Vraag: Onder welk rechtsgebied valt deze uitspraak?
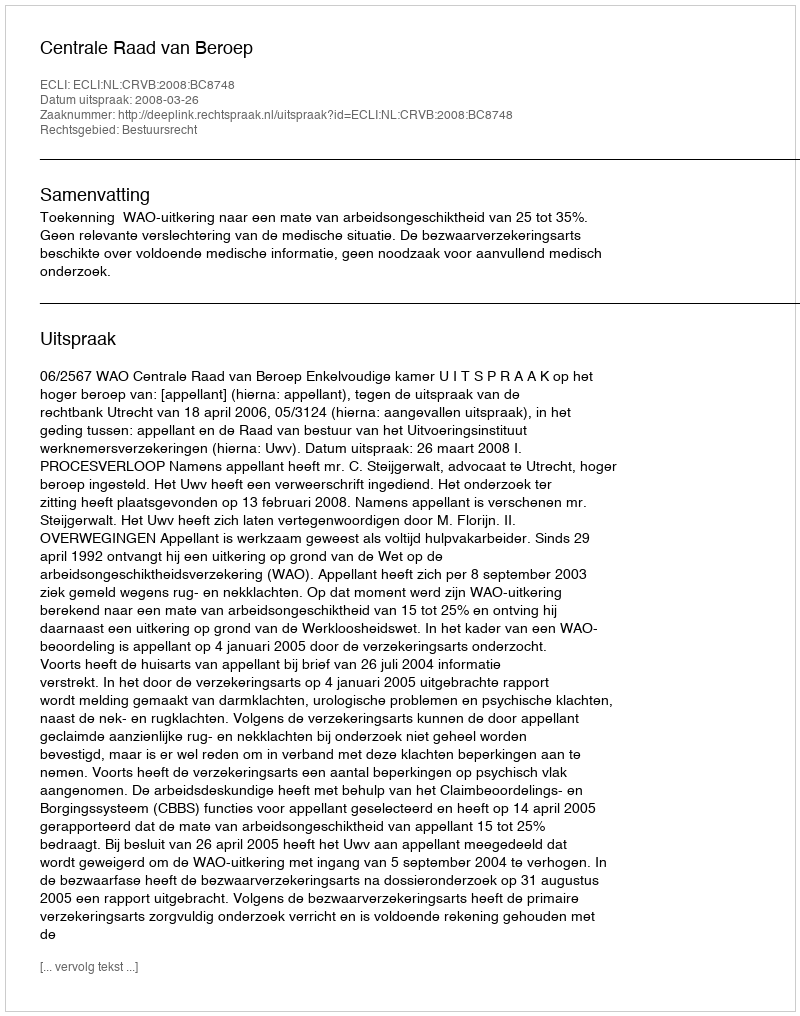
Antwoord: Bestuursrecht